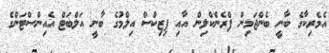
އެމެރިކާގެ ބާނީ ބެންޖަމިން ފްރެންކްލިން އާއި ފިޒިކްސް އިލްމުގެ ބާނީ އަލްބަޓް އެއިންސްޓަންގެ